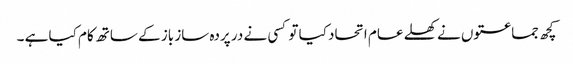
کچھ جماعتوں نے کھلے عام اتحاد کیا تو کسی نے در پردہ ساز باز کے ساتھ کام کیا ہے ۔